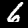
Label: 6